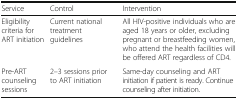
<table><thead><tr><td><b>Service</b></td><td><b>Control</b></td><td><b>Intervention</b></td></tr></thead><tbody><tr><td>Eligibility criteria for ART initiation</td><td>Current national treatment guidelines</td><td>All HIV-positive individuals who are aged 18 years or older, excluding pregnant or breastfeeding women, who attend the health facilities will be offered ART regardless of CD4.</td></tr><tr><td>Pre-ART counseling sessions</td><td>2–3 sessions prior to ART initiation</td><td>Same-day counseling and ART initiation if patient is ready. Continue counseling after initiation.</td></tr></tbody></table>